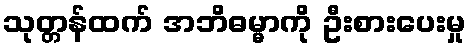
သုတ္တန်ထက် အဘိဓမ္မာကို ဦးစားပေးမှု